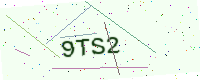
Text: 9TS2